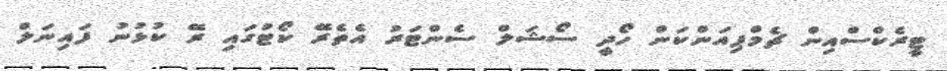
ޓީރެކްސްއިން ޗެމްޕިއަންކަން ހޯދީ ސޯޝަލް ސެންޓަރު އެތެރޭ ކޯޓުގައި ރޭ ކުޅުނު ފައިނަލް